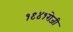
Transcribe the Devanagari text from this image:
१९४१रोजी